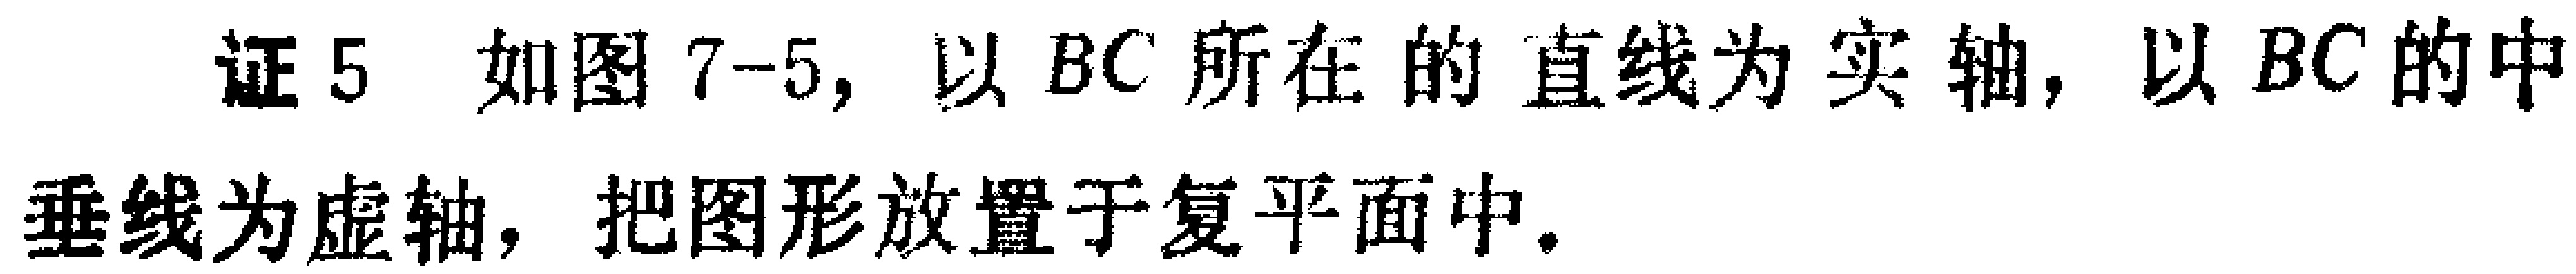
证5 如图7-5, 以$BC$所在的直线为实轴, 以$BC$的中垂线为虚轴, 把图形放置于复平面中.